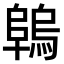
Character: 𨻑